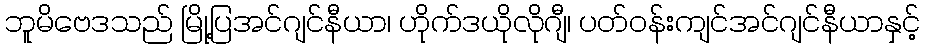
ဘူမိဗေဒသည် မြို့ပြအင်ဂျင်နီယာ၊ ဟိုက်ဒယိုလိုဂျီ၊ ပတ်ဝန်းကျင်အင်ဂျင်နီယာနှင့်